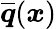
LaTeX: \overline{{\boldsymbol{q}}}(\boldsymbol{x})